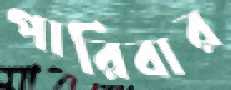
পারিবার